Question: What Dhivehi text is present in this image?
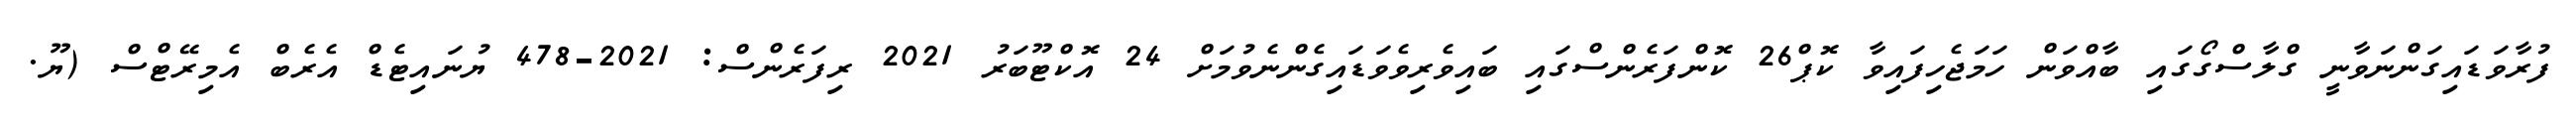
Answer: ފުރާވަޑައިގަންނަވާނީ ގްލާސްގޯގައި ބާއްވަން ހަމަޖެހިފައިވާ ކޮޕް26 ކޮންފަރެންސްގައި ބައިވެރިވެވަޑައިގެންނެވުމަށް 24 އޮކްޓޫބަރު 2021 ރިފަރެންސް: 2021-478 ޔުނައިޓެޑް އެރެބް އެމިރޭޓްސް (ޔޫ.